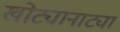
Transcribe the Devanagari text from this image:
खोट्यानाट्या